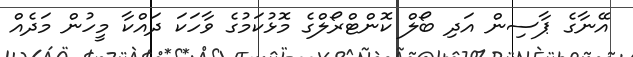
އޭނާގެ ޕާސިން އަދި ބޯލް ކޮންޓްރޯލްގެ މޮޅުކަމުގެ ވާހަކަ ދައްކާ މީހުން މަދެއް